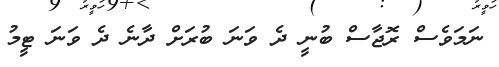
ނަމަވެސް ރޮޖާސް ބުނީ ދެ ވަނަ ބުރަށް ދާނެ ދެ ވަނަ ޓީމު